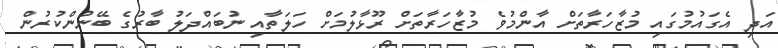
އަދި އެގައުމުގައި މުޒާހަރާތަށް އާންމުވެ މުޒާހަރާތަށް ރޫޅާލުމަށް ހަލަތާއި ނުބައްދަލު ބާރުގެ ބޭނުންކުރުން